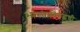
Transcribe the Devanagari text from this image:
भारताविरुद्धची